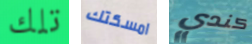
تلك امسكتك كندي